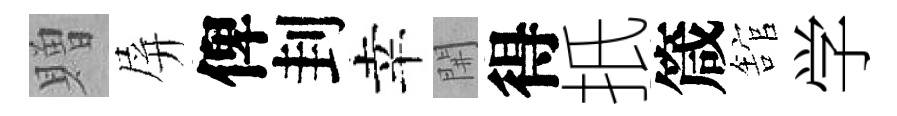
贈屏俾刲幸𨳩得扺箴舘学